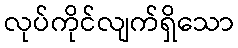
လုပ်ကိုင်လျက်ရှိသော